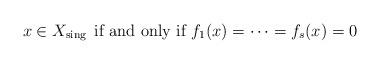
LaTeX: \begin{align*} \mbox{$x\in X_{{\rm sing\,}}$ if and only if $f_1(x)=\cdots=f_{s}(x)=0$}\end{align*}